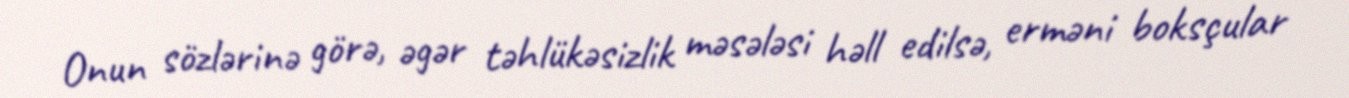
Onun sözlərinə görə, əgər təhlükəsizlik məsələsi həll edilsə, erməni boksçular